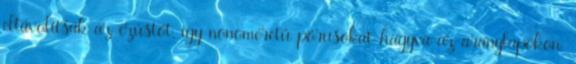
eltávolítsák az ezüstöt, így nonoméretű pórusokat hagyva az aranylapokon.